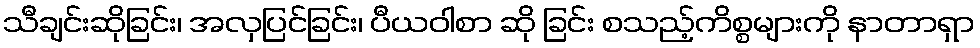
သီချင်းဆိုခြင်း၊ အလှပြင်ခြင်း၊ ပီယဝါစာ ဆို ခြင်း စသည့်ကိစ္စများကို နာတာရှာ